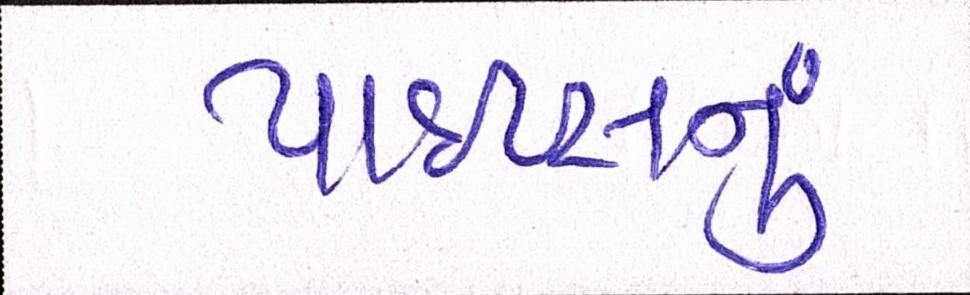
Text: પાઇપ્સનું